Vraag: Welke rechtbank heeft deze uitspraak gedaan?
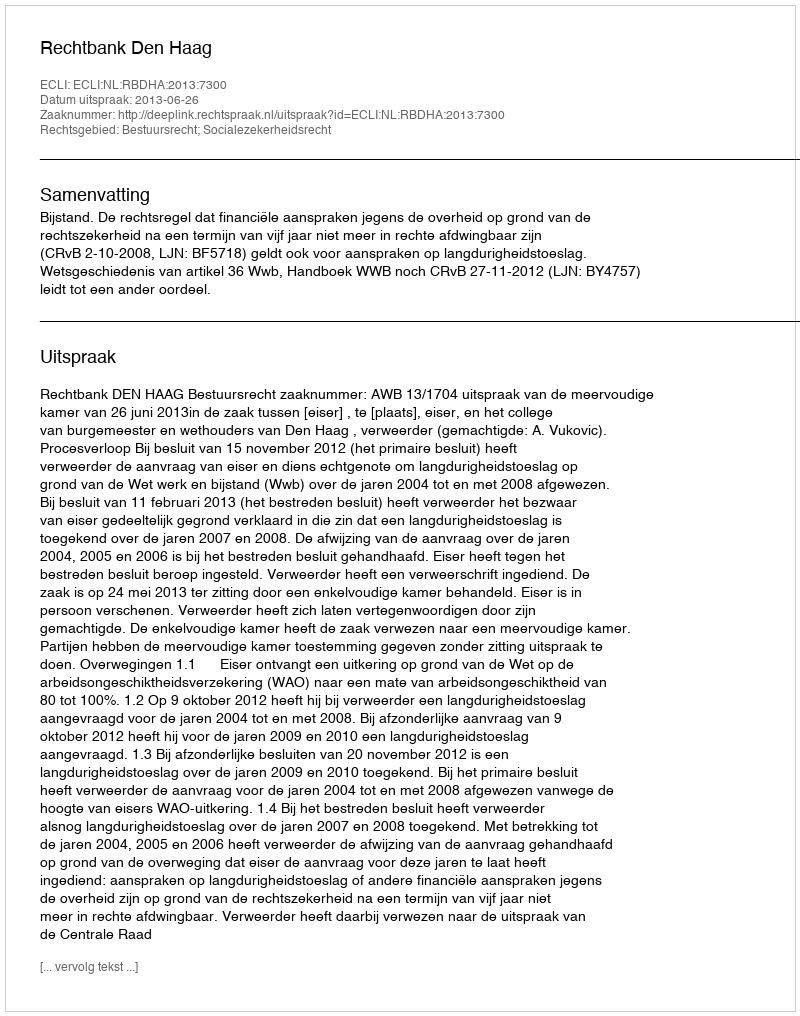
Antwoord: Rechtbank Den Haag